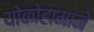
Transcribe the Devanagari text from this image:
योकोहामाने